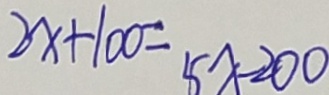
2 x + 1 0 0 = 5 x - 2 0 0